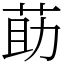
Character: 莇